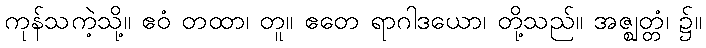
ကုန်သကဲ့သို့။ ဧဝံ တထာ၊ တူ။ ဧတေ ရာဂါဒယော၊ တို့သည်။ အဇ္ဈတ္တံ၊ ၌။